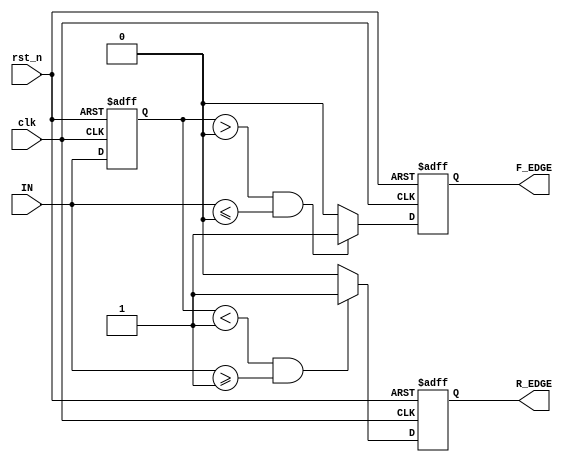
module SchmittTriggerEdgeDetector (
    input wire clk,              // Clock input
    input wire rst_n,            // Active low reset
    input wire IN,               // Input signal
    output reg R_EDGE,           // Rising edge output
    output reg F_EDGE            // Falling edge output
);

    // Parameters for Schmitt Trigger thresholds
    parameter LOW_THRESHOLD = 1'b0;  // Define low threshold
    parameter HIGH_THRESHOLD = 1'b1; // Define high threshold

    // Memory element to store the previous state of the input signal
    reg prev_state;

    // Edge detection logic
    always @(posedge clk or negedge rst_n) begin
        if (!rst_n) begin
            // Reset condition
            prev_state <= LOW_THRESHOLD; // Initialize previous state
            R_EDGE <= 1'b0;               // Initialize rising edge output
            F_EDGE <= 1'b0;               // Initialize falling edge output
        end else begin
            // Hysteresis logic
            if (prev_state < HIGH_THRESHOLD && IN >= HIGH_THRESHOLD) begin
                // Rising edge detected
                R_EDGE <= 1'b1;           // Assert rising edge output
            end else begin
                R_EDGE <= 1'b0;           // Deassert rising edge output
            end

            if (prev_state > LOW_THRESHOLD && IN <= LOW_THRESHOLD) begin
                // Falling edge detected
                F_EDGE <= 1'b1;           // Assert falling edge output
            end else begin
                F_EDGE <= 1'b0;           // Deassert falling edge output
            end

            // Update previous state
            prev_state <= IN;             // Store current input state
        end
    end

endmodule